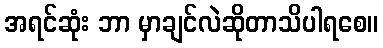
အရင်ဆုံး ဘာ မှာချင်လဲဆိုတာသိပါရစေ။